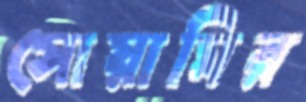
সোয়ামির